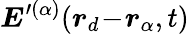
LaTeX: \boldsymbol{E}^{\prime(\alpha)}(\boldsymbol{r}_{d}\! -\! \boldsymbol{r}_{\alpha},t)